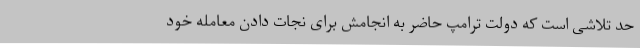
حد تلاشی است که دولت ترامپ حاضر به انجامش برای نجات دادن معامله خود